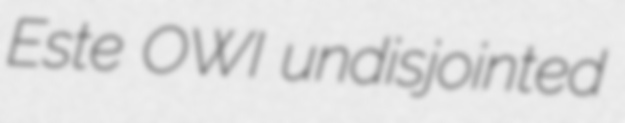
Este OWI undisjointed